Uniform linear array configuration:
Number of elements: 48
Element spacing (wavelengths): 0.75
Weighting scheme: kaiser
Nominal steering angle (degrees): -45
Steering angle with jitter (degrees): -46.745
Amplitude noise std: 0.05
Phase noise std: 0.05

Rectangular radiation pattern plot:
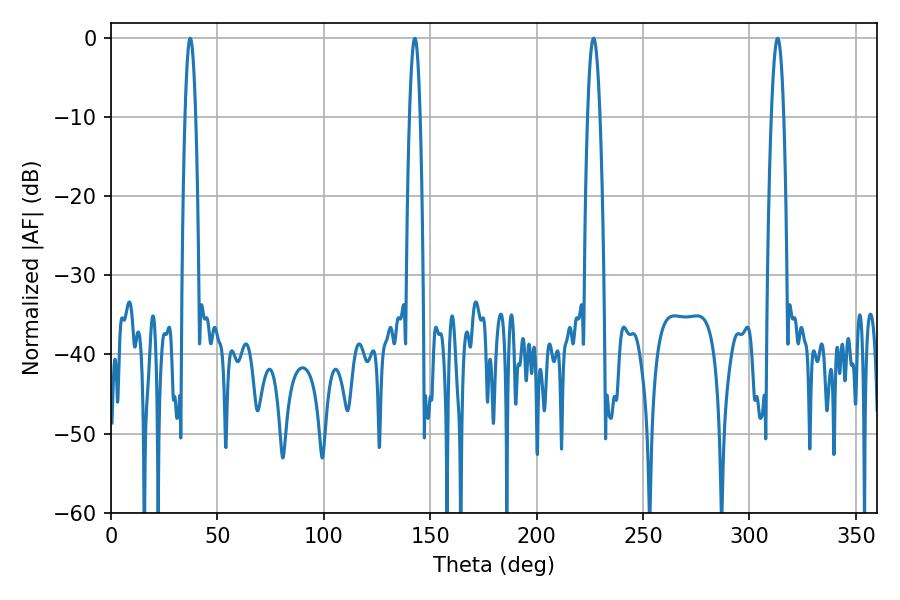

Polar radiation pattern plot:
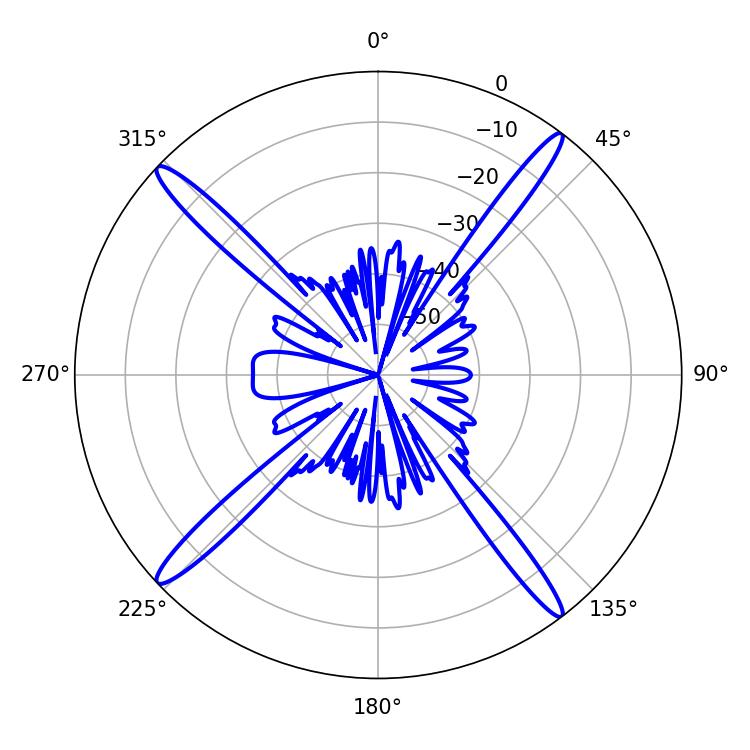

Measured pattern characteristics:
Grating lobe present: TRUE
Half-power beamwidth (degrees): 2.7
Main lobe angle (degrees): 37.26